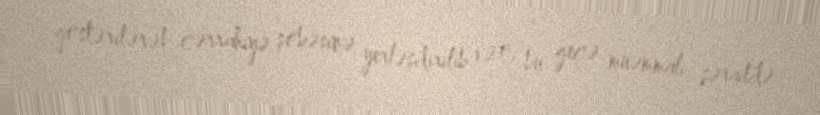
göstərilərək cərrahiyə şöbəsinə yerləşdirilib və o, bu gecə müəmmalı şəraitdə